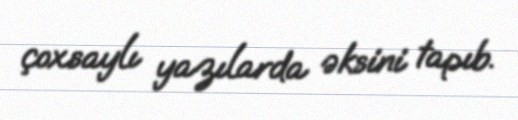
çoxsaylı yazılarda əksini tapıb.